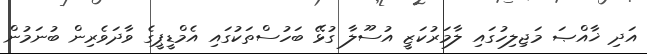
އަދި ޚާއްޞަ މަޖިލިހުގައި ލާމަރުކަޒީ އުސޫލާ ގުޅޭ ބަހުސްތަކުގައި އެމްޑީޕީގެ ވާދަވެރިން ބުނަމުން